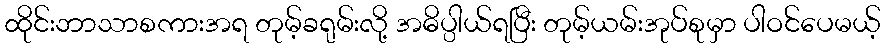
ထိုင်းဘာသာစကားအရ တုမ့်ခရုမ်းလို့ အဓိပ္ပါယ်ရပြီး တုမ့်ယမ်းအုပ်စုမှာ ပါဝင်ပေမယ့်